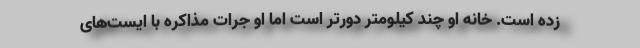
زده است. خانه او چند کیلومتر دورتر است اما او جرات مذاکره با ایست‌های